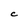
Character: C